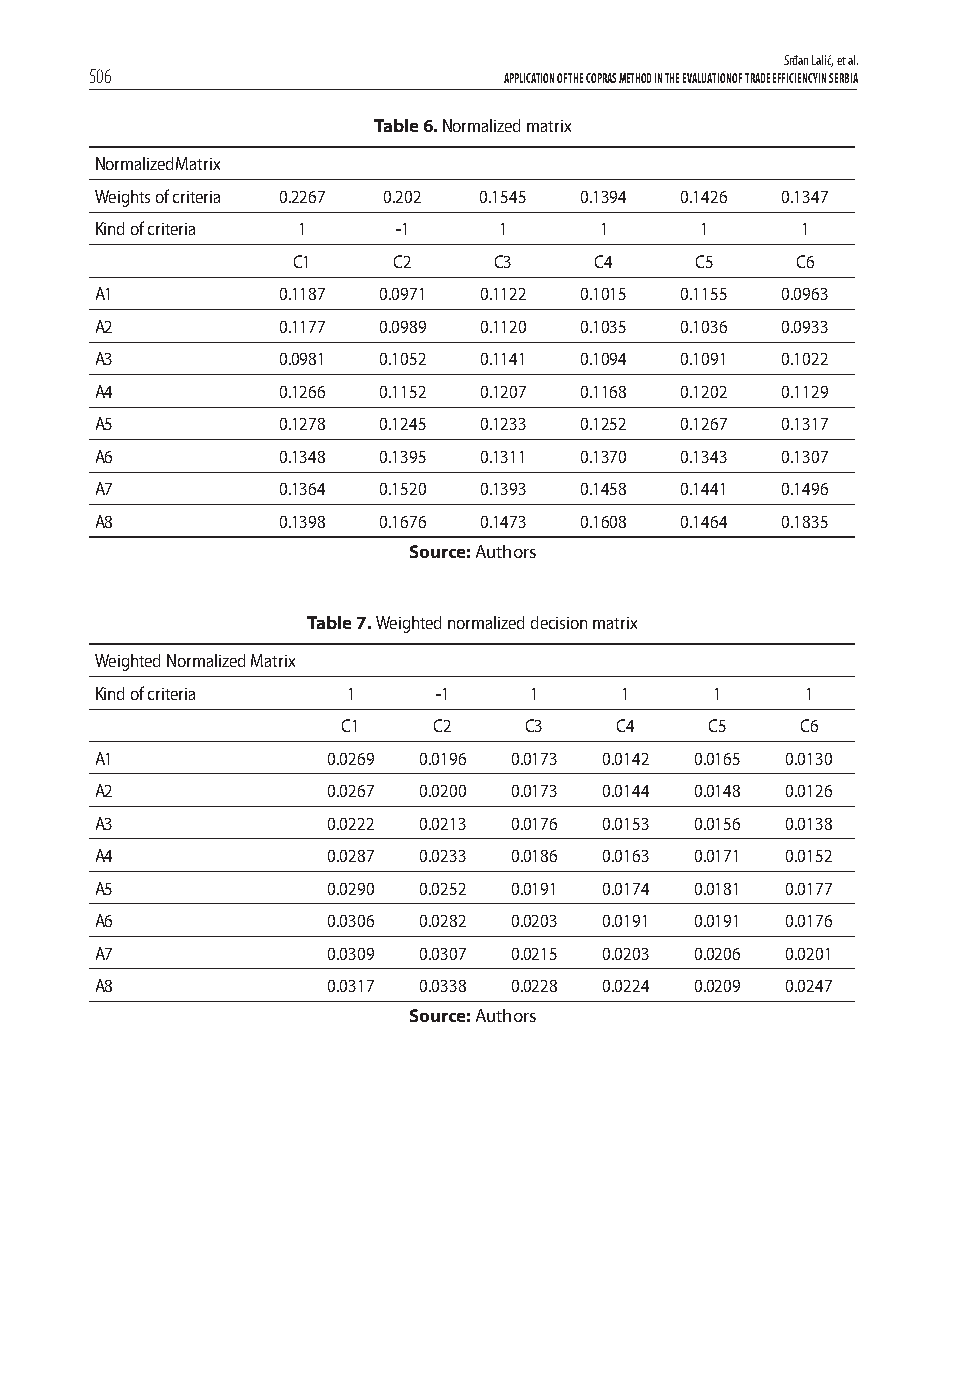
Srđan Lalić, et al.
 506                        APPLICATION OF THE COPRAS METHOD IN THE EVALUATION OF TRADE EFFICIENCY IN SERBIA
 Table 6. Normalized matrix
 NormalizedMatrix
 Weights of criteria 0.2267 0.202 0.1545 0.1394 0.1426 0.1347
 Kind of criteria 1  -1     1      1     1      1
 C1     C2     C3    C4     C5     C6
 A1          0.1187 0.0971 0.1122 0.1015 0.1155 0.0963
 A2          0.1177 0.0989 0.1120 0.1035 0.1036 0.0933
 A3          0.0981 0.1052 0.1141 0.1094 0.1091 0.1022
 A4          0.1266 0.1152 0.1207 0.1168 0.1202 0.1129
 A5          0.1278 0.1245 0.1233 0.1252 0.1267 0.1317
 A6          0.1348 0.1395 0.1311 0.1370 0.1343 0.1307
 A7          0.1364 0.1520 0.1393 0.1458 0.1441 0.1496
 A8          0.1398 0.1676 0.1473 0.1608 0.1464 0.1835
 Source: Authors
 Table 7. Weighted normalized decision matrix
 Weighted Normalized Matrix
 Kind of criteria 1     -1    1     1     1     1
 C1    C2    C3    C4    C5    C6
 A1              0.0269 0.0196 0.0173 0.0142 0.0165 0.0130
 A2              0.0267 0.0200 0.0173 0.0144 0.0148 0.0126
 A3              0.0222 0.0213 0.0176 0.0153 0.0156 0.0138
 A4              0.0287 0.0233 0.0186 0.0163 0.0171 0.0152
 A5              0.0290 0.0252 0.0191 0.0174 0.0181 0.0177
 A6              0.0306 0.0282 0.0203 0.0191 0.0191 0.0176
 A7              0.0309 0.0307 0.0215 0.0203 0.0206 0.0201
 A8              0.0317 0.0338 0.0228 0.0224 0.0209 0.0247
 Source: Authors